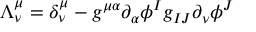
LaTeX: \Lambda _ { \nu } ^ { \mu } = \delta _ { \nu } ^ { \mu } - g ^ { \mu \alpha } \partial _ { \alpha } \phi ^ { I } g _ { I J } \partial _ { \nu } \phi ^ { J }